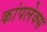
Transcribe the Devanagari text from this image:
कांपलेक्स